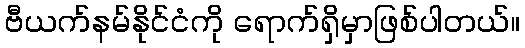
ဗီယက်နမ်နိုင်ငံကို ရောက်ရှိမှာဖြစ်ပါတယ်။